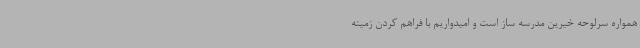
همواره سرلوحه خیرین مدرسه ساز است و امیدواریم با فراهم کردن زمینه